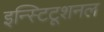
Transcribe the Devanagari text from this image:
इन्स्टिटूशनल